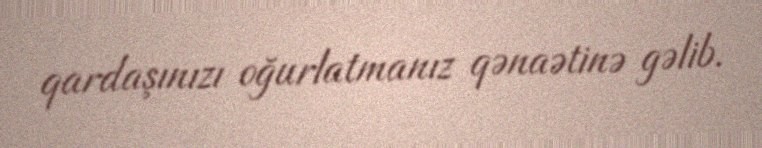
qardaşınızı oğurlatmanız qənaətinə gəlib.